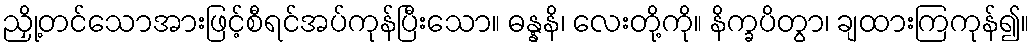
ညှို့တင်သောအားဖြင့်စီရင်အပ်ကုန်ပြီးသော။ ဓန္နနိ၊ လေးတို့ကို။ နိက္ခပိတွာ၊ ချထားကြကုန်၍။